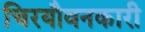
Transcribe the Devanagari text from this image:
चिरयौवनकारी